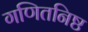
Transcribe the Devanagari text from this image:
गणितनिष्ठ